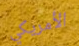
الأمريكي